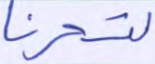
لتسحرنا